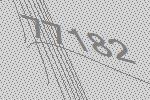
77182